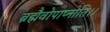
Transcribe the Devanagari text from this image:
ब्रह्मैवोपाप्नोति।।